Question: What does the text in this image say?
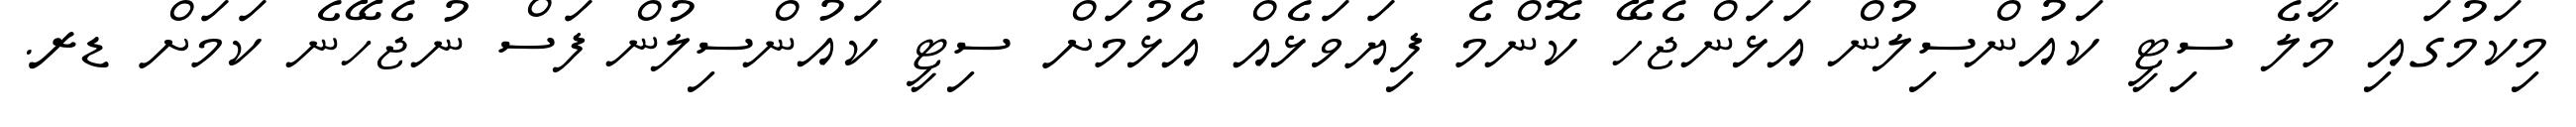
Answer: މިކަމުގައި މާލެ ސިޓީ ކައުންސިލުން އަޅަންޖެހޭ ކޮންމެ ފިޔަވަޅެއް އެޅުމަށް ސިޓީ ކައުންސިލުން ފަސް ނުޖެހޭނެ ކަމަށް ޑރ.